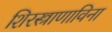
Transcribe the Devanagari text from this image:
शिरस्त्राणाविना